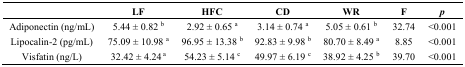
<table><thead><tr><td>[EMPTY_CELL]</td><td><b>LF</b></td><td><b>HFC</b></td><td><b>CD</b></td><td><b>WR</b></td><td><b>F</b></td><td><b><i>p</i></b></td></tr></thead><tbody><tr><td>Adiponectin (ng/mL)</td><td>5.44 ± 0.82 <sup>b</sup></td><td>2.92 ± 0.65 <sup>a</sup></td><td>3.14 ± 0.74 <sup>a</sup></td><td>5.05 ± 0.61 <sup>b</sup></td><td>32.74</td><td>&lt;0.001</td></tr><tr><td>Lipocalin-2 (pg/mL)</td><td>75.09 ± 10.98 <sup>a</sup></td><td>96.95 ± 13.38 <sup>b</sup></td><td>92.83 ± 9.98 <sup>b</sup></td><td>80.70 ± 8.49 <sup>a</sup></td><td>8.85</td><td>&lt;0.001</td></tr><tr><td>Visfatin (ng/L)</td><td>32.42 ± 4.24<sup> a</sup></td><td>54.23 ± 5.14 <sup>c</sup></td><td>49.97 ± 6.19 <sup>c</sup></td><td>38.92 ± 4.25 <sup>b</sup></td><td>39.70</td><td>&lt;0.001</td></tr></tbody></table>